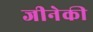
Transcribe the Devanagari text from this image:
जीनेकी